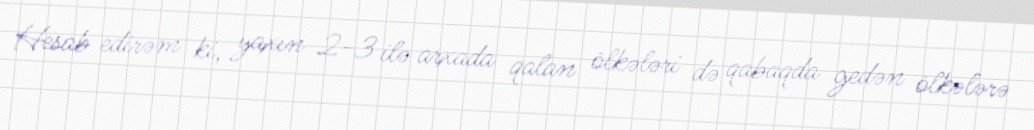
Hesab edirəm ki, yaxın 2-3 ilə arxada qalan ölkələri də qabaqda gedən ölkələrə